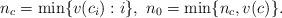
LaTeX: \begin{align*} n_c=\min\{v(c_i):i \},\ n_0= \min\{n_c,v(c)\}.\end{align*}